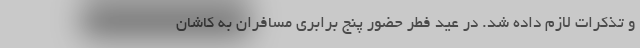
و تذکرات لازم داده شد. در عید فطر حضور پنج برابری مسافران به کاشان